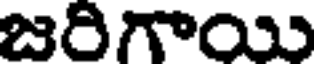
జరిగాయి